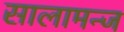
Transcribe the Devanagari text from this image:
सालामन्ज